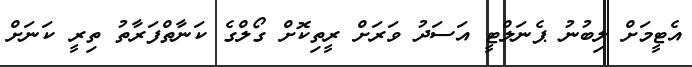
އެޓީމަށް ލިބުނު ޕެނަލްޓީ އަސަދު ވަރަށް ރީތިކޮށް ގޯލްގެ ކަނާތްފަރާތު ތިރީ ކަނަށް